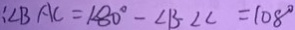
: \angle B A C = 1 8 0 ^ { \circ } - \angle B - \angle C = 1 0 8 ^ { \circ }